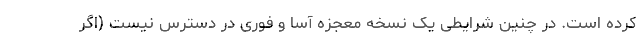
کرده است. در چنین شرایطی یک نسخه معجزه آسا و فوری در دسترس نیست (اگر